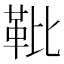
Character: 𩉫